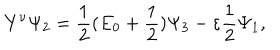
\mathbf { Y } ^ { \nu } \Psi _ { 2 } = \frac { 1 } { 2 } ( E _ { 0 } + \frac { 1 } { 2 } ) \Psi _ { 3 } - \varepsilon \frac { 1 } { 2 } \Psi _ { 1 } ,